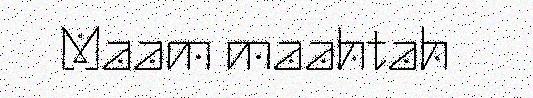
Maam maahtah